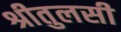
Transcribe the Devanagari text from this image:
श्रीतुलसी